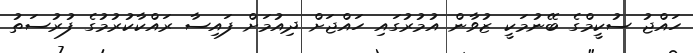
ހައްޖު ސުކީމްގެ ބޭނުމަކީ ޒުވާން އުމުރުގައި ހައްޖަށް ދިއުމަށް ފައިސާ ރައްކާކުރުމުގެ ފުރުސަތު